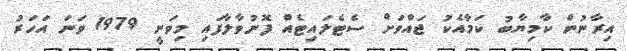
އިރާނުން ކާމިޔާބު ކަމާއެކު ޖައްވަށް ސެޓެލައިޓެއް ފޮނުވާލާފައި މިވަނީ 1979 ވަނަ އަހަރު